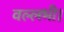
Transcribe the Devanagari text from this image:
वल्लभी।